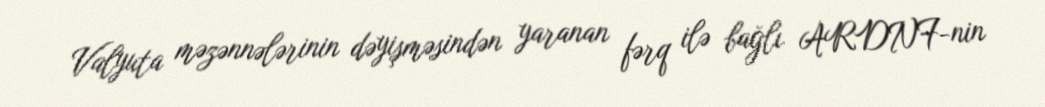
Valyuta məzənnələrinin dəyişməsindən yaranan fərq ilə bağlı ARDNF-nin